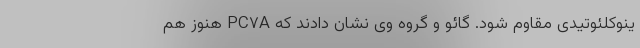
ینوکلئوتیدی مقاوم ‌شود. گائو و گروه وی نشان دادند که PC۷A هنوز هم